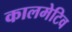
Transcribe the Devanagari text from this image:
कालमेटिव